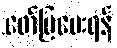
ဖော်ပြပေးရန်